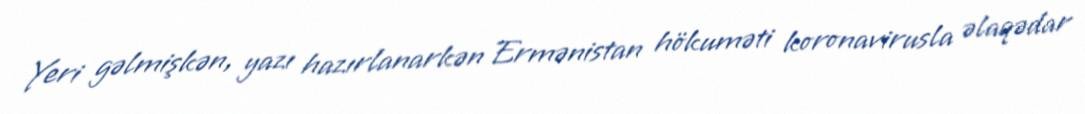
Yeri gəlmişkən, yazı hazırlanarkən Ermənistan hökuməti koronavirusla əlaqədar